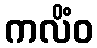
ကလိံဝ